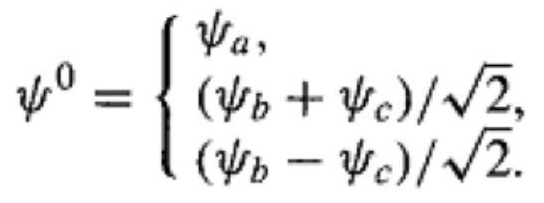
$\psi^{0}= \begin{cases}\psi_{a}, \\ \left(\psi_{b}+\psi_{c}\right) / \sqrt{2}, \\ \left(\psi_{b}-\psi_{c}\right) / \sqrt{2} .\end{cases}$